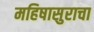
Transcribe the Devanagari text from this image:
महिषासुराचा